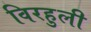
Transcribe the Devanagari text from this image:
विरहुली